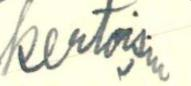
kertoisin